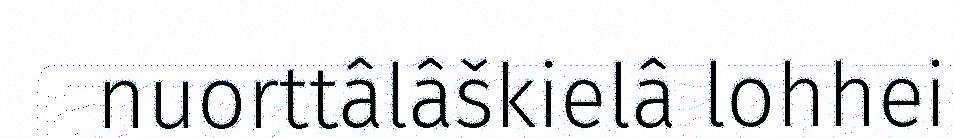
nuorttâlâškielâ lohhei